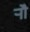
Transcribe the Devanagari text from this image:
र्‍ाौ